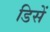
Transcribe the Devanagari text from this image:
डिसें